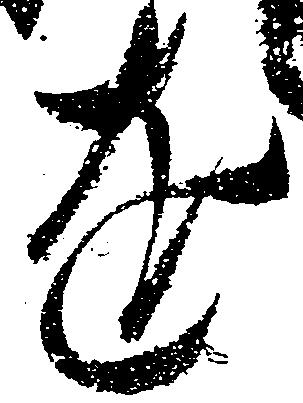
達